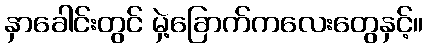
နှာခေါင်းတွင် မှဲ့ခြောက်ကလေးတွေနှင့်။